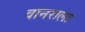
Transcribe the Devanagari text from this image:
वानराला